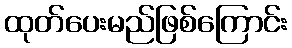
ထုတ်ပေးမည်ဖြစ်ကြောင်း